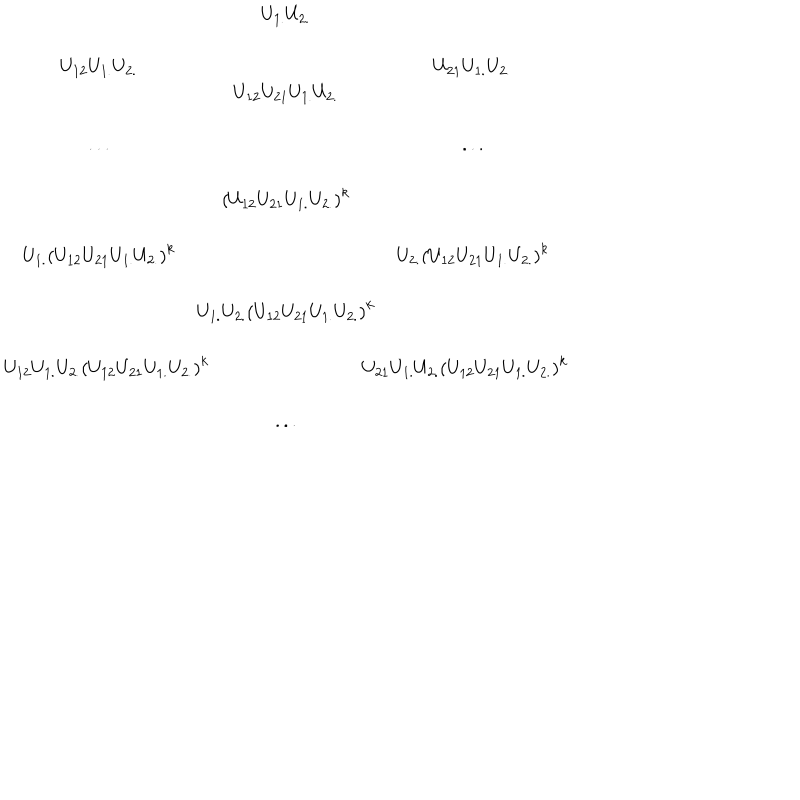
\begin{array} { c c c c c } { { } } & { { U _ { 1 . } U _ { 2 . } } } \\ { { U _ { 1 2 } U _ { 1 . } U _ { 2 . } } } & { { } } & { { U _ { 2 1 } U _ { 1 . } U _ { 2 . } } } \\ { { } } & { { U _ { 1 2 } U _ { 2 1 } U _ { 1 . } U _ { 2 . } } } \\ { { . . . } } & { { } } & { { . . . } } \\ { { } } & { { \left( U _ { 1 2 } U _ { 2 1 } U _ { 1 . } U _ { 2 . } \right) ^ { k } } } & { { } } \\ { { U _ { 1 . } \left( U _ { 1 2 } U _ { 2 1 } U _ { 1 . } U _ { 2 . } \right) ^ { k } } } & { { } } & { { U _ { 2 . } \left( U _ { 1 2 } U _ { 2 1 } U _ { 1 . } U _ { 2 . } \right) ^ { k } } } \\ { { } } & { { \! \! \! \! \! U _ { 1 . } U _ { 2 . } \left( U _ { 1 2 } U _ { 2 1 } U _ { 1 . } U _ { 2 . } \right) ^ { k } \! \! \! \! \! } } & { { } } \\ { { U _ { 1 2 } U _ { 1 . } U _ { 2 . } \left( U _ { 1 2 } U _ { 2 1 } U _ { 1 . } U _ { 2 . } \right) ^ { k } \! \! \! \! \! } } & { { } } & { { \! \! \! \! \! U _ { 2 1 } U _ { 1 . } U _ { 2 . } \left( U _ { 1 2 } U _ { 2 1 } U _ { 1 . } U _ { 2 . } \right) ^ { k } } } \\ { { } } & { { . . . } } \\ \end{array}